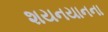
શયનયાનના